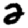
Digit: 2